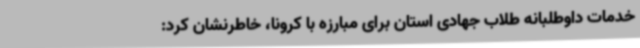
خدمات داوطلبانه طلاب جهادی استان برای مبارزه با کرونا، خاطرنشان کرد: